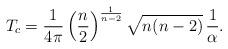
LaTeX: \begin{align*}T_c=\frac{1}{4\pi}\left(\frac{n}{2}\right)^{\frac{1}{n-2}}\sqrt{n(n-2)}\,\frac{1}{\alpha}.\end{align*}